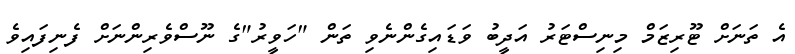
އެ ތަނަށް ޓޫރިޒަމް މިނިސްޓަރު އަދީބު ވަޑައިގެންނެވި ތަން "ހަވީރު"ގެ ނޫސްވެރިންނަށް ފެނިފައިވެ